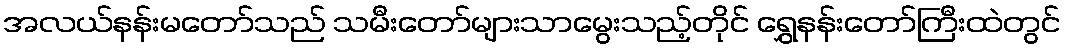
အလယ်နန်းမတော်သည် သမီးတော်များသာမွေးသည့်တိုင် ရွှေနန်းတော်ကြီးထဲတွင်